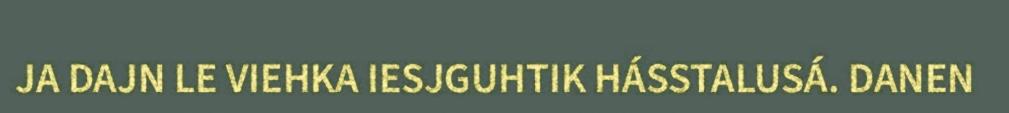
JA DAJN LE VIEHKA IESJGUHTIK HÁSSTALUSÁ. DANEN